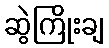
ဆွဲကြိုးချ